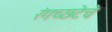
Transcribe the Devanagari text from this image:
रंगच्‍छटेचे